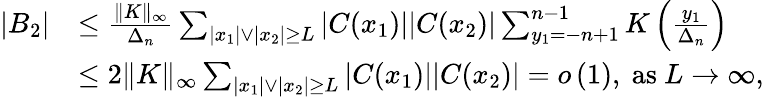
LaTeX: \begin{array}{rl}{|B_{2}|}&{\le\frac{\| K\| _{\infty}}{\Delta_{n}}\sum_{|x_{1}|\vee|x_{2}|\ge L}|C(x_{1})||C(x_{2})|\sum_{y_{1}=-n+1}^{n-1}K\left(\frac{y_{1}}{\Delta_{n}}\right)}\\ &{\le 2\| K\| _{\infty}\sum_{|x_{1}|\vee|x_{2}|\ge L}|C(x_{1})||C(x_{2})|=o\left(1\right),\ \mathrm{as}\ L\to\infty,}\end{array}